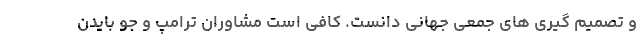
و تصمیم گیری های جمعی جهانی دانست. کافی است مشاوران ترامپ و جو بایدن